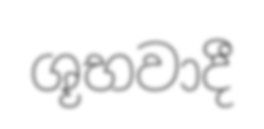
ශූභවාදී